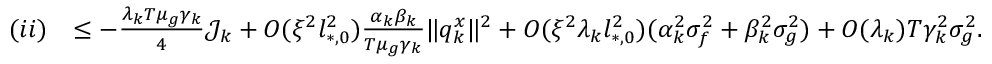
\begin{array} { r l } { ( i i ) } & { \le - \frac { \lambda _ { k } T \mu _ { g } \gamma _ { k } } { 4 } \mathcal { J } _ { k } + O ( \xi ^ { 2 } l _ { * , 0 } ^ { 2 } ) \frac { \alpha _ { k } \beta _ { k } } { T \mu _ { g } \gamma _ { k } } \| q _ { k } ^ { x } \| ^ { 2 } + O ( \xi ^ { 2 } \lambda _ { k } l _ { * , 0 } ^ { 2 } ) ( \alpha _ { k } ^ { 2 } \sigma _ { f } ^ { 2 } + \beta _ { k } ^ { 2 } \sigma _ { g } ^ { 2 } ) + O ( \lambda _ { k } ) T \gamma _ { k } ^ { 2 } \sigma _ { g } ^ { 2 } . } \end{array}